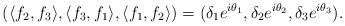
LaTeX: \begin{align*}\left(\langle f_2,f_3\rangle,\langle f_3,f_1\rangle,\langle f_1,f_2\rangle\right)=(\delta_1e^{i\theta_1},\delta_2e^{i\theta_2},\delta_3e^{i\theta_3}).\end{align*}